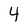
Character: 4